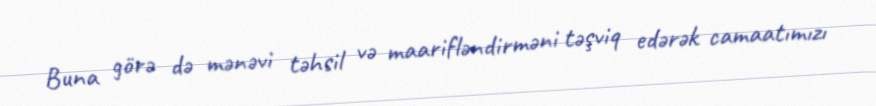
Buna görə də mənəvi təhsil və maarifləndirməni təşviq edərək camaatımızı